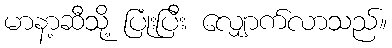
မာနာ့ဆီသို့ ပြုံးပြီး လျှောက်လာသည်။